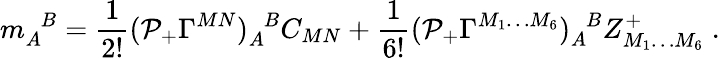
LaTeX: m_{A}^{\phantom{A}B}=\frac{1}{2!}({\cal P}_{+}\Gamma^{MN})_{A}^{\phantom{A}B}C_{MN}+\frac{1}{6!}({\cal P}_{+}\Gamma^{M_{1}\ldots M_{6}})_{A}^{\phantom{A}B}Z_{M_{1}\ldots M_{6}}^{+}\; .